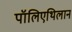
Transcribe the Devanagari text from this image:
पॉलिएथिलान